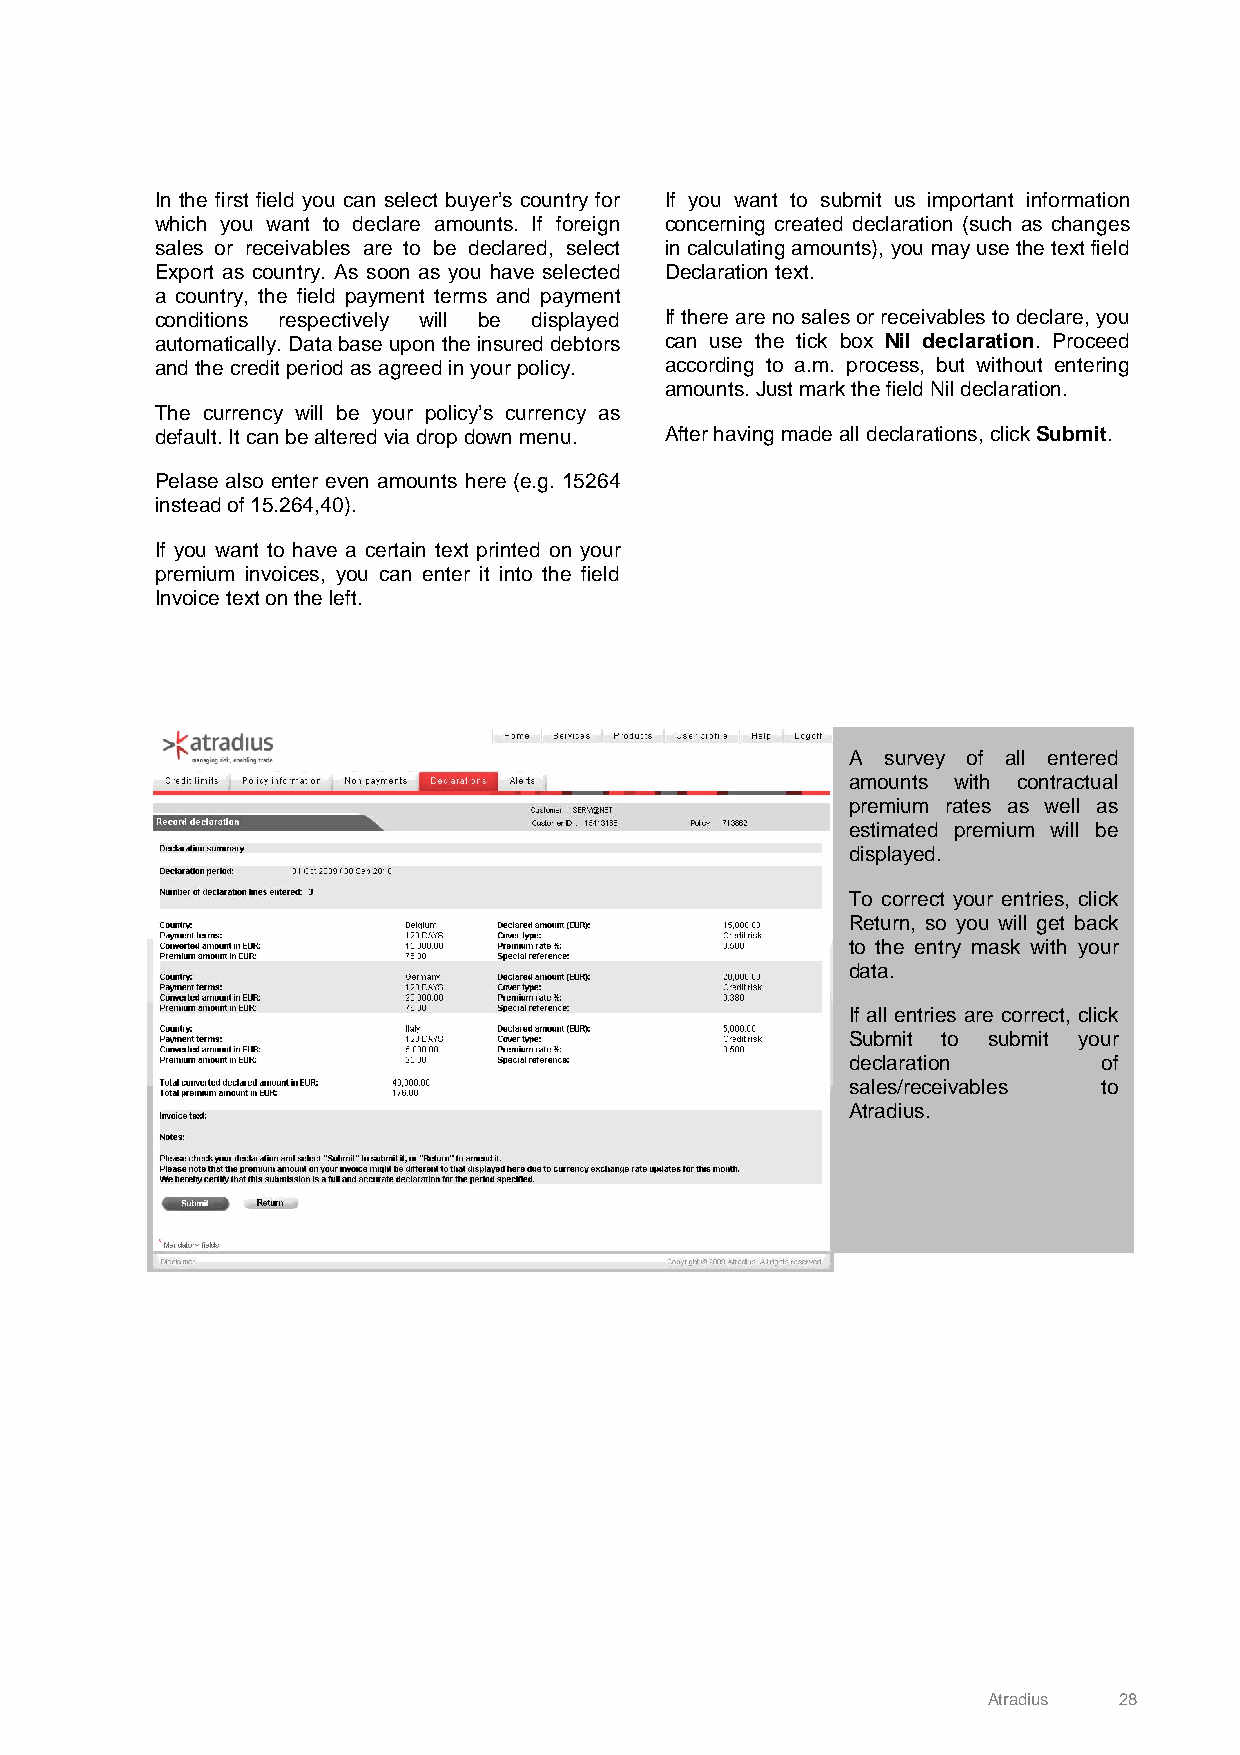
In the first field you can select buyer’s country for If you want to submit us important information
 which you want to declare amounts. If foreign concerning created declaration (such as changes
 sales or receivables are to be declared, select in calculating amounts), you may use the text field
 Export as country. As soon as you have selected Declaration text.
 a country, the field payment terms and payment
 conditions respectively will be displayed If there are no sales or receivables to declare, you
 automatically. Data base upon the insured debtors can use the tick box Nil declaration. Proceed
 and the credit period as agreed in your policy. according to a.m. process, but without entering
 amounts. Just mark the field Nil declaration.
 The currency will be your policy’s currency as
 default. It can be altered via drop down menu. After having made all declarations, click Submit.
 Pelase also enter even amounts here (e.g. 15264
 instead of 15.264,40).
 If you want to have a certain text printed on your
 premium invoices, you can enter it into the field
 Invoice text on the left.
 A  survey of all entered
 amounts with contractual
 premium rates as well as
 estimated premium will be
 displayed.
 To correct your entries, click
 Return, so you will get back
 to the entry mask with your
 data.
 If all entries are correct, click
 Submit to submit your
 declaration      of
 sales/receivables to
 Atradius.
 Atradius 28